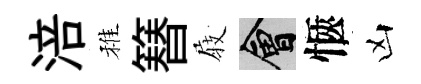
涪稚簮𡲆會愜凶